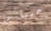
جميلتين